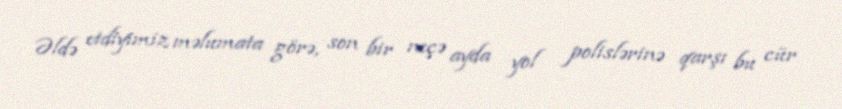
Əldə etdiyimiz məlumata görə, son bir neçə ayda yol polislərinə qarşı bu cür